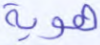
هوية